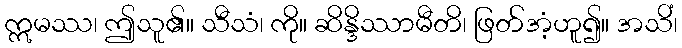
ဣမဿ၊ ဤသူ၏။ သီသံ၊ ကို။ ဆိန္ဒိဿာမီတိ၊ ဖြတ်အံ့ဟူ၍။ အသိံ၊